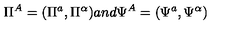
\Pi ^ { A } = ( \Pi ^ { a } , \Pi ^ { \alpha } ) a n d \Psi ^ { A } = ( \Psi ^ { a } , \Psi ^ { \alpha } )